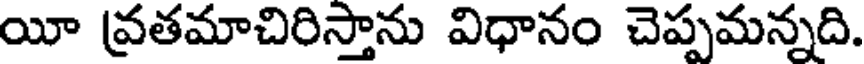
యీ వ్రతమాచిరిస్తాను విధానం చెప్పమన్నది.